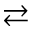
\rightleftarrows